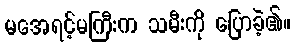
မအေရင့်မကြီးက သမီးကို ပြောခဲ့၏။